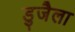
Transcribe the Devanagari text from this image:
डुजैला